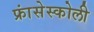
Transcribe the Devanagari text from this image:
फ्रांसेस्कोली